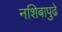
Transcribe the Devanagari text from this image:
नशिबापुढे